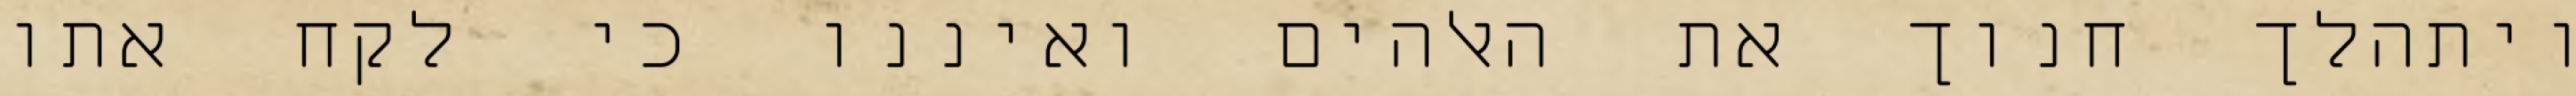
ויתהלך חנוך את האלהים ואיננו כי לקח אתו